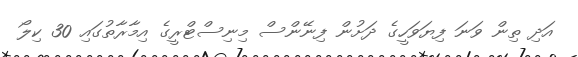
އަދި ތިން ވަނަ ފިޔަވަހީގެ ދަށުން ފިނޭންސް މިނިސްޓްރީގެ އިމާރާތުގައި 30 ކިލޯ